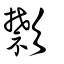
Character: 㱈